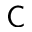
\textsf { C }